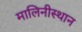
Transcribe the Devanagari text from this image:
मालिनीस्थान